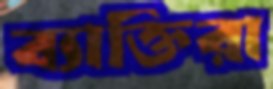
ব্যাক্তিরা